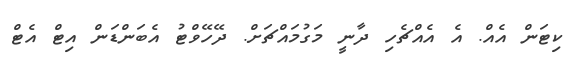
ކިޓަން އެއް. އެ އެއްޗެހި ދާނީ މަގުމައްޗަށް. ދޭހޭވްޓު އެބަންޑަން އިޓް އެޓް